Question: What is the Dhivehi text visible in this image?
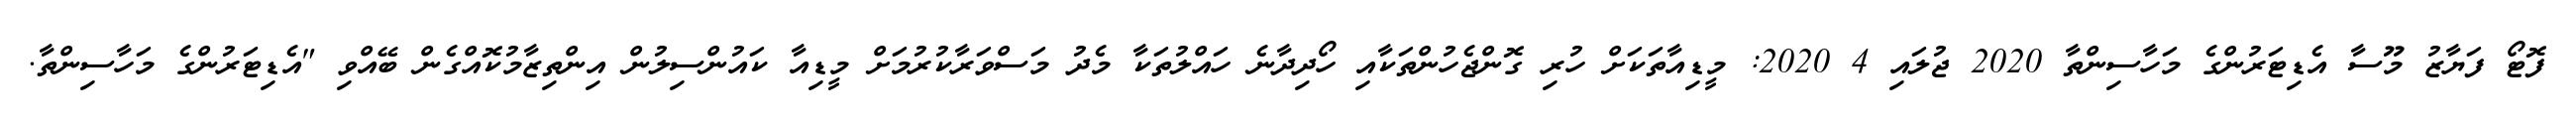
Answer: ފޮޓޯ ފަޔާޒު މޫސާ އެޑިޓަރުންގެ މަހާސިންތާ 2020 ޖުލައި 4 2020: މީޑިއާތަކަށް ހުރި ގޮންޖެހުންތަކާއި ހޯދިދާނެ ހައްލުތަކާ މެދު މަސްވަރާކުރުމަށް މީޑިއާ ކައުންސިލުން އިންތިޒާމުކޮއްގެން ބޭއްވި "އެޑިޓަރުންގެ މަހާސިންތާ.